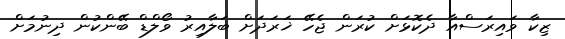
ޒިކާ ވައިރަސްއާ ދެކޮޅަށް ކުރަން ޖެހޭ ޚަރަދަށް ބަލާއިރު ވޯލްޑް ބޭންކުން ދިނުމަށް